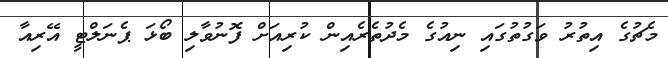
މެޗުގެ އިތުރު ވަގުތުގައި ނިއުގެ މެދުތެރެއިން ކުރިއަށް ފޮނުވާލި ބޯޅަ ޕެނަލްޓީ އޭރިއާ